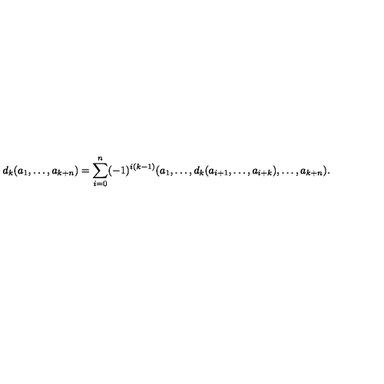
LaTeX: d _ { k } ( a _ { 1 } , \ldots , a _ { k + n } ) = \sum _ { i = 0 } ^ { n } ( - 1 ) ^ { i ( k - 1 ) } ( a _ { 1 } , \ldots , d _ { k } ( a _ { i + 1 } , \ldots , a _ { i + k } ) , \ldots , a _ { k + n } ) .